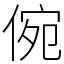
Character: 倇